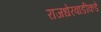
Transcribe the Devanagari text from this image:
राजधेरवाडीकडे